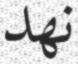
نھد